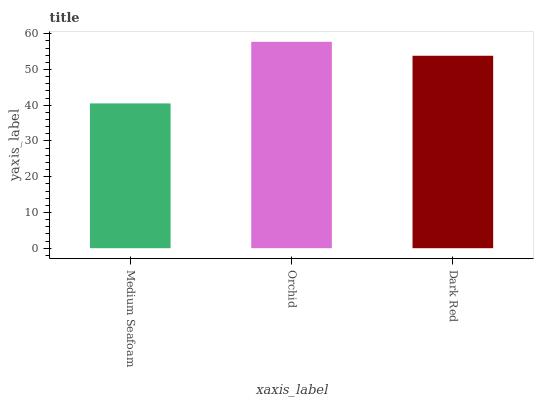
| xaxis_label | bars |
 | --- | --- |
 | Medium Seafoam | 40.5 |
 | Orchid | 57.7 |
 | Dark Red | 53.8 |